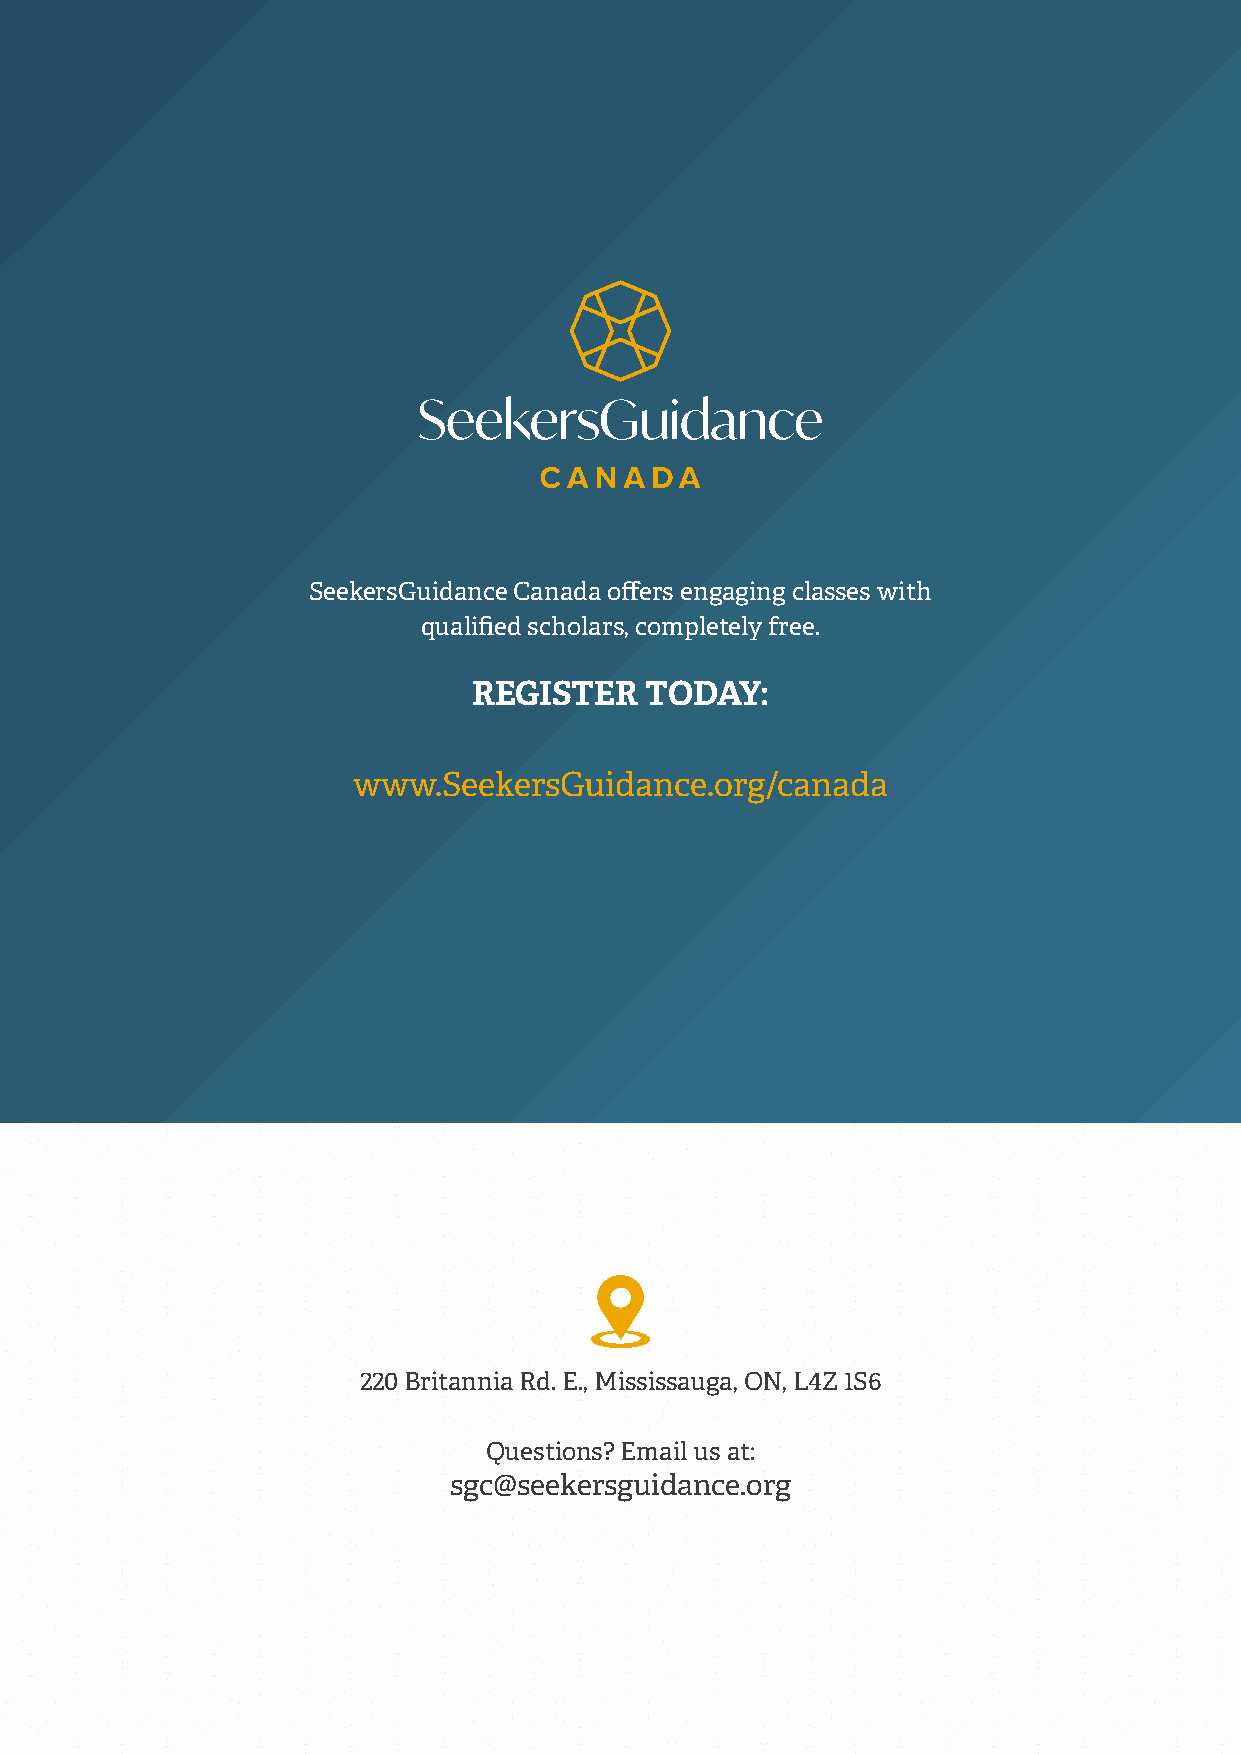
SeekersGuidance Canada offers engaging classes with
 qualified scholars, completely free.
 REGISTER    TODAY:
 www.SeekersGuidance.org/canada
 220 Britannia Rd. E., Mississauga, ON, L4Z 1S6
 Questions? Email us at:
 sgc@seekersguidance.org